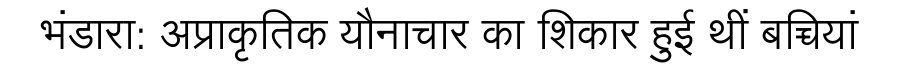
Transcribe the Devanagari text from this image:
भंडारा: अप्राकृतिक यौनाचार का शिकार हुई थीं बच्चियां